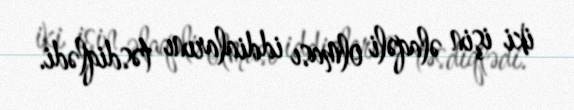
iki işin əlaqəli olması iddialarını təsdiqlədi.